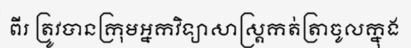
ពីរ ត្រូវបានក្រុមអ្នកវិទ្យាសាស្ត្រកត់ត្រាចូលក្នុង